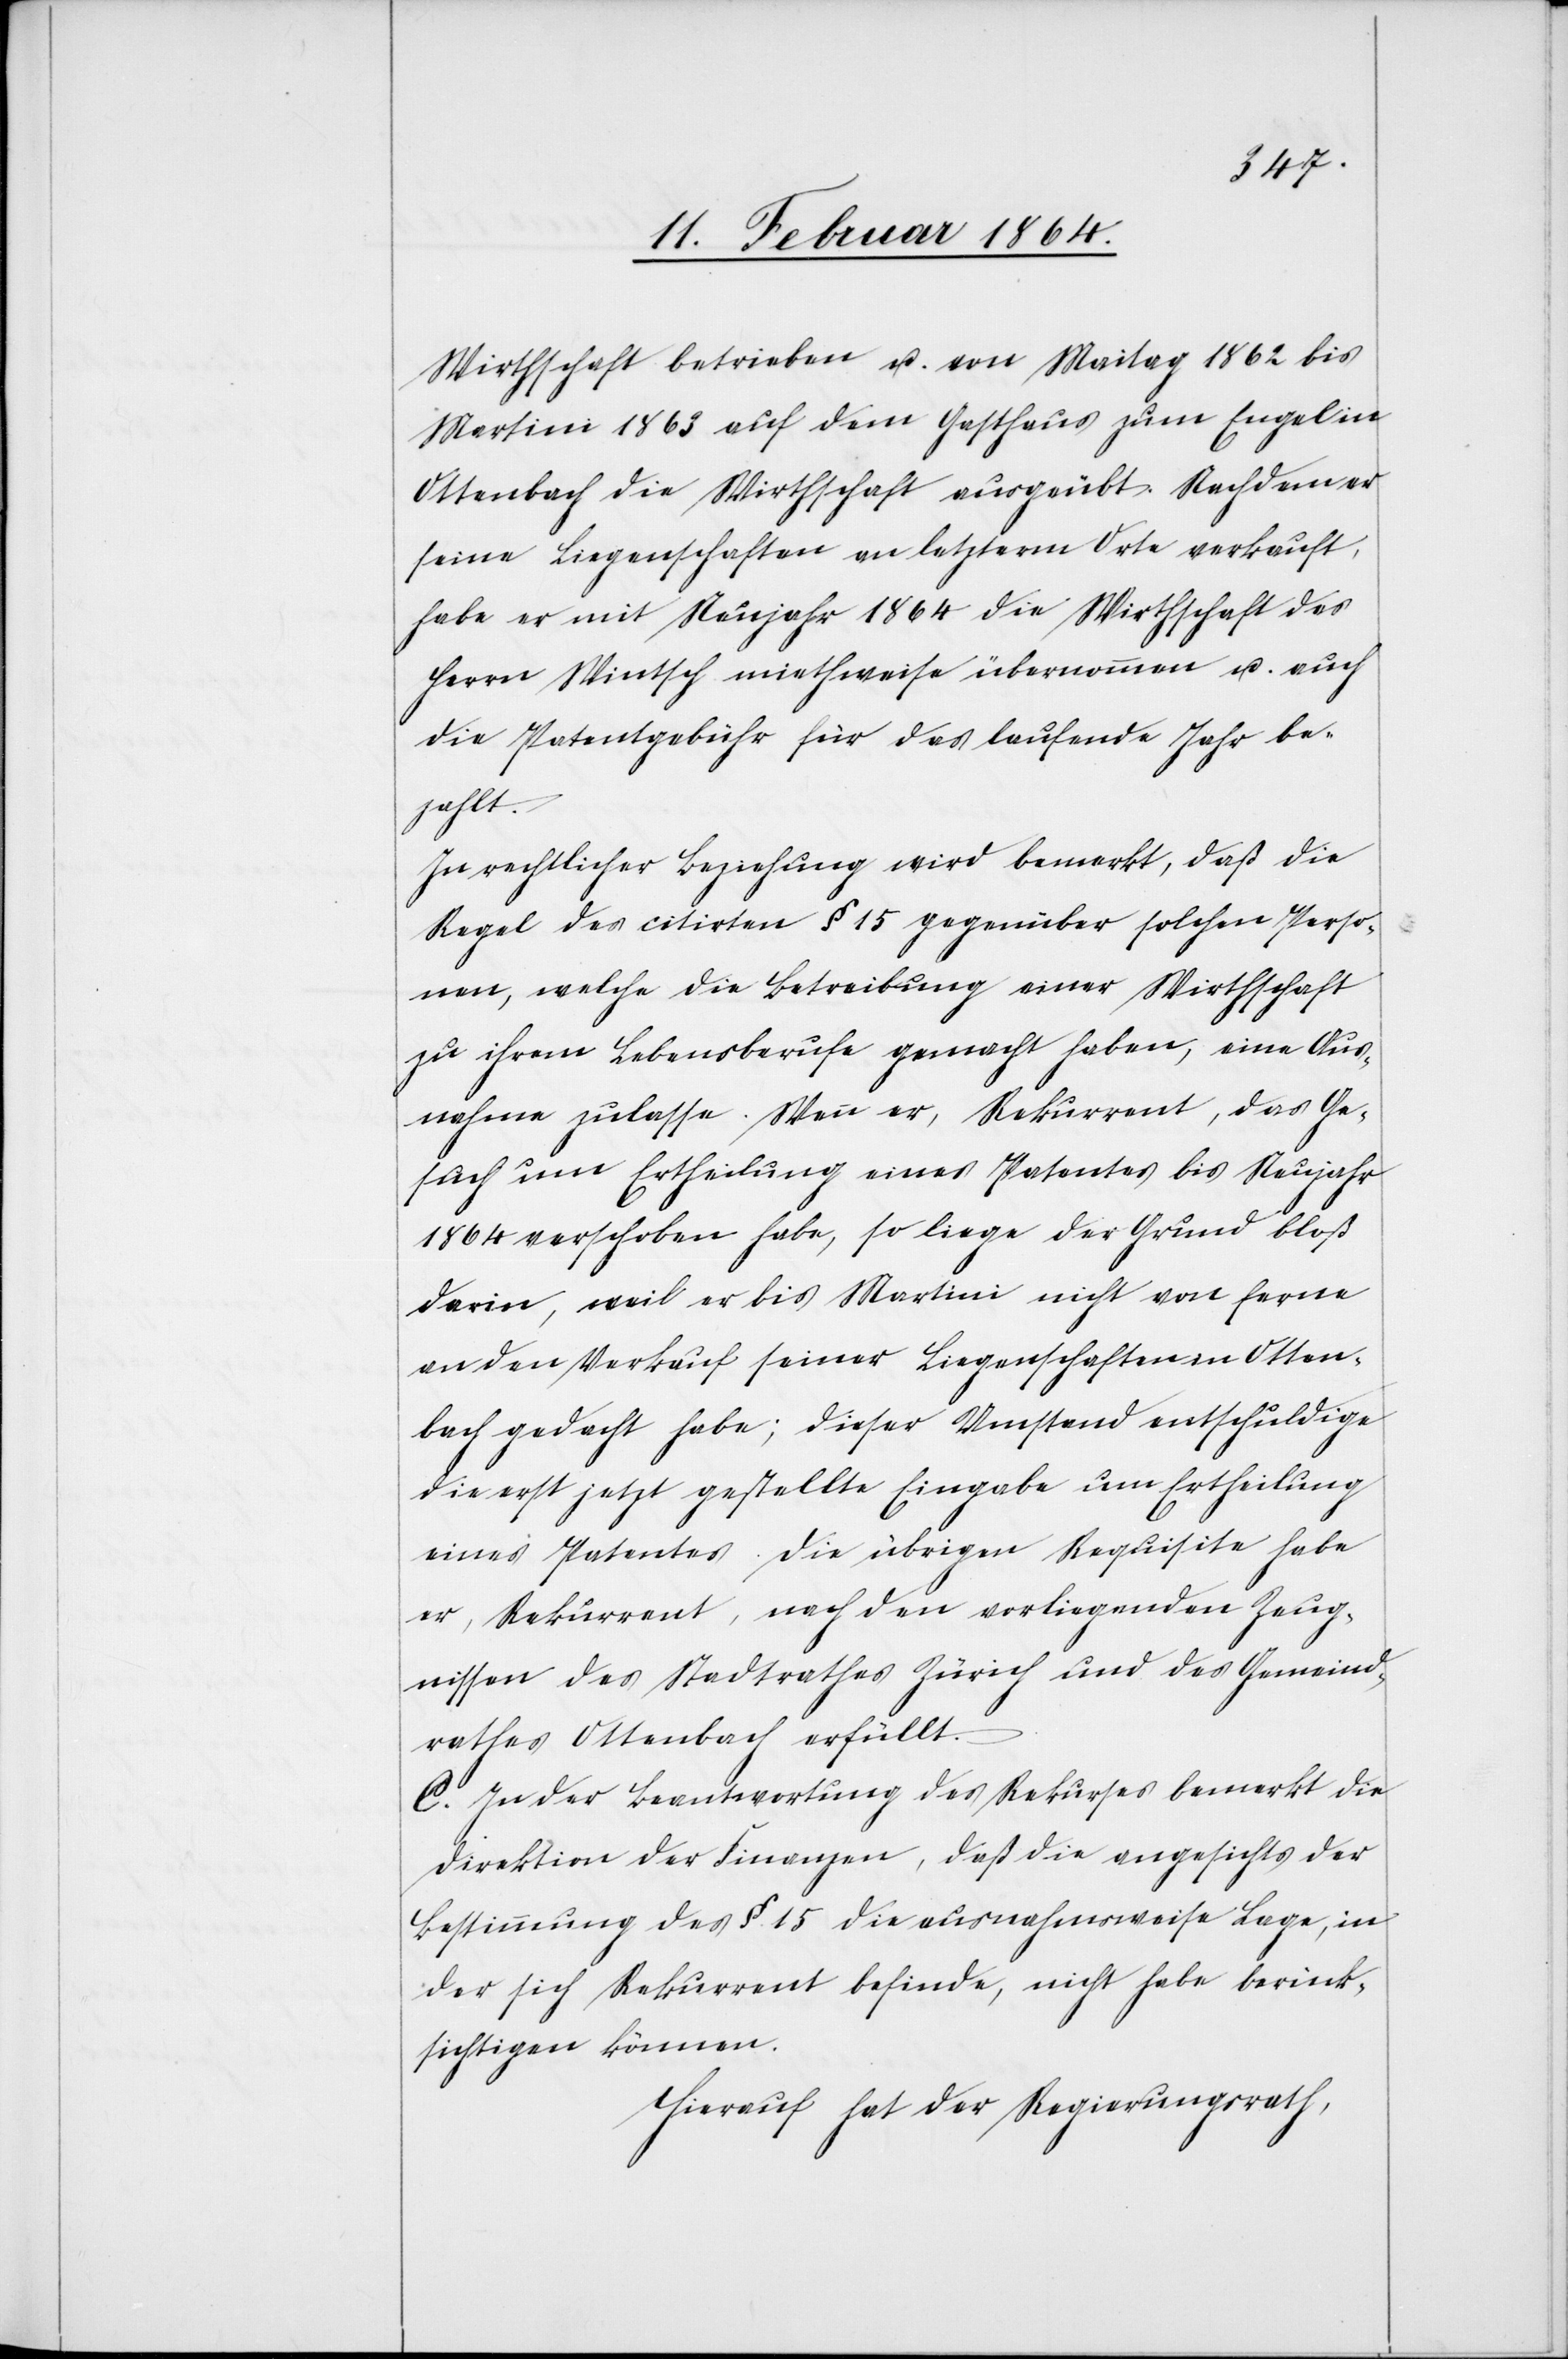
Wirthschaft betrieben u. von Maitag 1862 bis
Martini 1863 auf dem Gasthaus zum Engel in
Ottenbach die Wirthschaft ausgeübt. Nachdem er
seine Liegenschaften an letzterm Orte verkauft,
habe er mit Neujahr 1864 die Wirthschaft des
Herrn Wintsch miethweise übernommen u. auch
die Patentgebühr für das laufende Jahr be¬
zahlt.
In rechtlicher Beziehung wird bemerkt, daß die
Regel des citirten § 15 gegenüber solchen Perso¬
nen, welche die Betreibung einer Wirthschaft
zu ihrem Lebensberufe gemacht haben, eine Aus¬
nahme zulasse. Wenn er, Rekurrent, das Ge¬
such um Ertheilung eines Patentes bis Neujahr
1864 verschoben habe, so liege der Grund bloß
darin, weil er bis Martini nicht von ferne
an den Verkauf seiner Liegenschaften in Otten¬
bach gedacht habe; dieser Umstand entschuldige
die erst jetzt gestellte Eingabe um Ertheilung
eines Patentes. Die übrigen Requisite habe
er, Rekurrent, nach den vorliegenden Zeug¬
nissen des Stadtrathes Zürich und des Gemeind¬
rathes Ottenbach erfüllt.
C. In der Beantwortung des Rekurses bemerkt die
Direktion der Finanzen, daß die angesichts der
Bestimmung des § 15 die [sic!] ausnahmsweise Lage, in
der sich Rekurrent befinde, nicht habe berück¬
sichtigen können.
Hierauf hat der Regierungsrath,